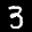
Label: 3